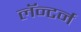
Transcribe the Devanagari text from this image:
लॅन्टर्न